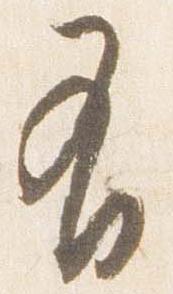
有